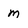
Character: m